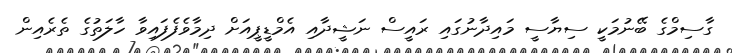
ގާސިމްގެ ބޭނުމަކީ ސިޔާސީ މައިދާނުގައި ރައީސް ނަޝީދާއި އެމްޑީޕީއަށް ދިމާވެފެފައިވާ ހާލަތުގެ ތެރެއިން